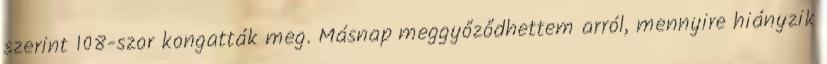
szerint 108-szor kongatták meg. Másnap meggyőződhettem arról, mennyire hiányzik